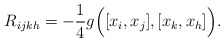
\begin{align*} R_{ijkh}=-\frac{1}{4}g\Big([x_{i},x_{j}],[x_{k},x_{h}]\Big).\end{align*}